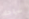
سراحك